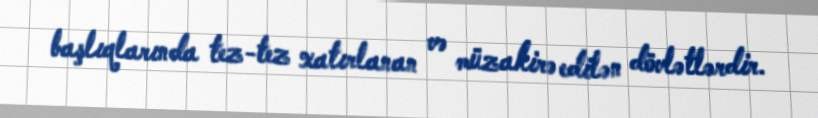
başlıqlarında tez-tez xatırlanan və müzakirə edilən dövlətlərdir.